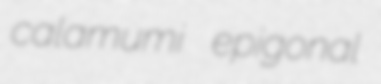
calamumi epigonal